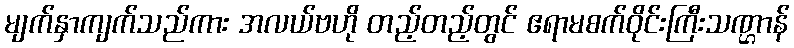
မျက်နှာကျက်သည်ကား အလယ်ဗဟို တည့်တည့်တွင် ဧရာမစက်ဝိုင်းကြီးသဏ္ဌာန်